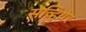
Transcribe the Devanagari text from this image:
सेव्हियेर